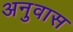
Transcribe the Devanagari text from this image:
अनुवास